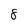
Character: 8